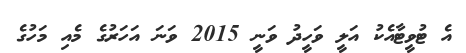
އެ ޓުވީޓާއެކު އަލީ ވަހީދު ވަނީ 2015 ވަނަ އަހަރުގެ މެއި މަހުގެ